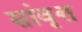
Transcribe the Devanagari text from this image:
सांवृत्त